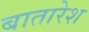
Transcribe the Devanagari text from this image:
बातारेश